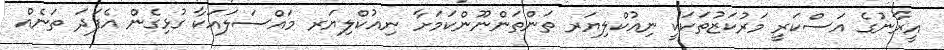
އީރާނުގެ އަސްކަރީ މަރުކަޒުތަކަކީ ނިއުކްލިޔަރ ތަންތަންނޫންކަމަށާ ނިއުކްލިޔަރ މައްސަލައަކާ ގުޅިގެން އެފަދަ ތަނެއް